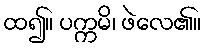
ထ၍။ ပက္ကမိ၊ ဖဲလေ၏။